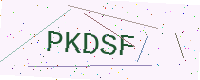
Text: PKDSF